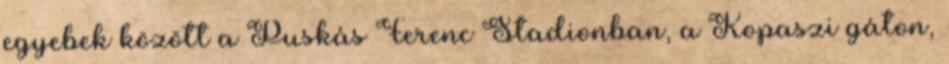
egyebek között a Puskás Ferenc Stadionban, a Kopaszi gáton,